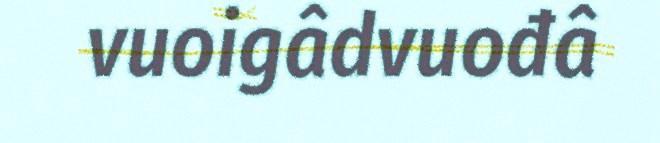
vuoigâdvuođâ